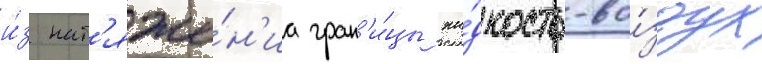
и́з нат'яже́н'иа гран'и́цы жи́дкость-во́здух